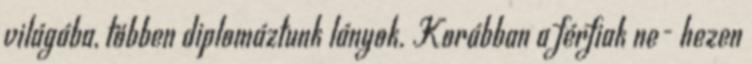
világába, többen diplomáztunk lányok. Korábban a férfiak ne- hezen